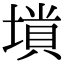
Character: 𡏶